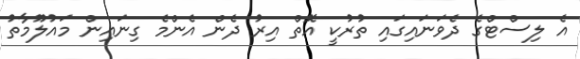
އެ ލިސްޓްގެ ދެވަނައިގައި ތުރުކީ އޮތް އިރު ދެން އެންމެ ގިނައިން މައުލޫމާތު